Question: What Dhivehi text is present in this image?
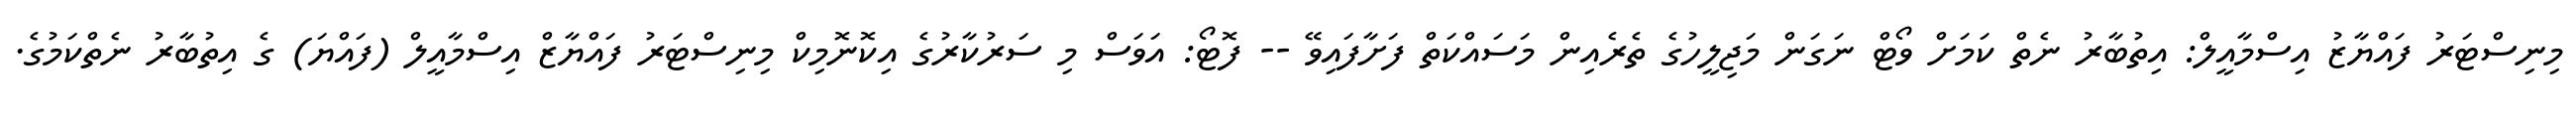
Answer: މިނިސްޓަރު ފައްޔާޒު އިސްމާއީލް: އިތުބާރު ނެތް ކަމަށް ވޯޓް ނަގަން މަޖިލީހުގެ ތެރެއިން މަސައްކަތް ފަށާފައިވޭ -- ފޮޓޯ: އަވަސް މި ސަރުކާރުގެ އިކޮނޮމިކް މިނިސްޓަރު ފައްޔާޒް އިސްމާއީލް (ފައްޔަ) ގެ އިތުބާރު ނެތްކަމުގެ.